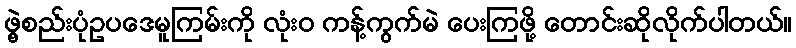
ဖွဲ့စည်းပုံဥပဒေမူကြမ်းကို လုံး၀ ကန့်ကွက်မဲ ပေးကြဖို့ တောင်းဆိုလိုက်ပါတယ်။